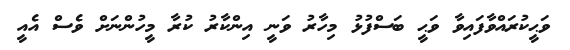
ވަޙީކުރައްވާފައިވާ ވަޙީ ބަސްފުޅު މިހާރު ވަނީ އިންކާރު ކުރާ މީހުންނަށް ވެސް އެއީ